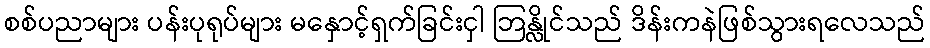
စစ်ပညာများ ပန်းပုရုပ်များ မနှောင့်ရှက်ခြင်းငှါ ဘြန္လိုင်သည် ဒိန်းကနဲဖြစ်သွားရလေသည်